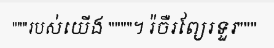
"""របស់យើង """"។ រ៉ចឺរព្យែរទួរ"""